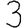
Digit: 3